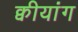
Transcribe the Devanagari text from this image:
क्वीयांग